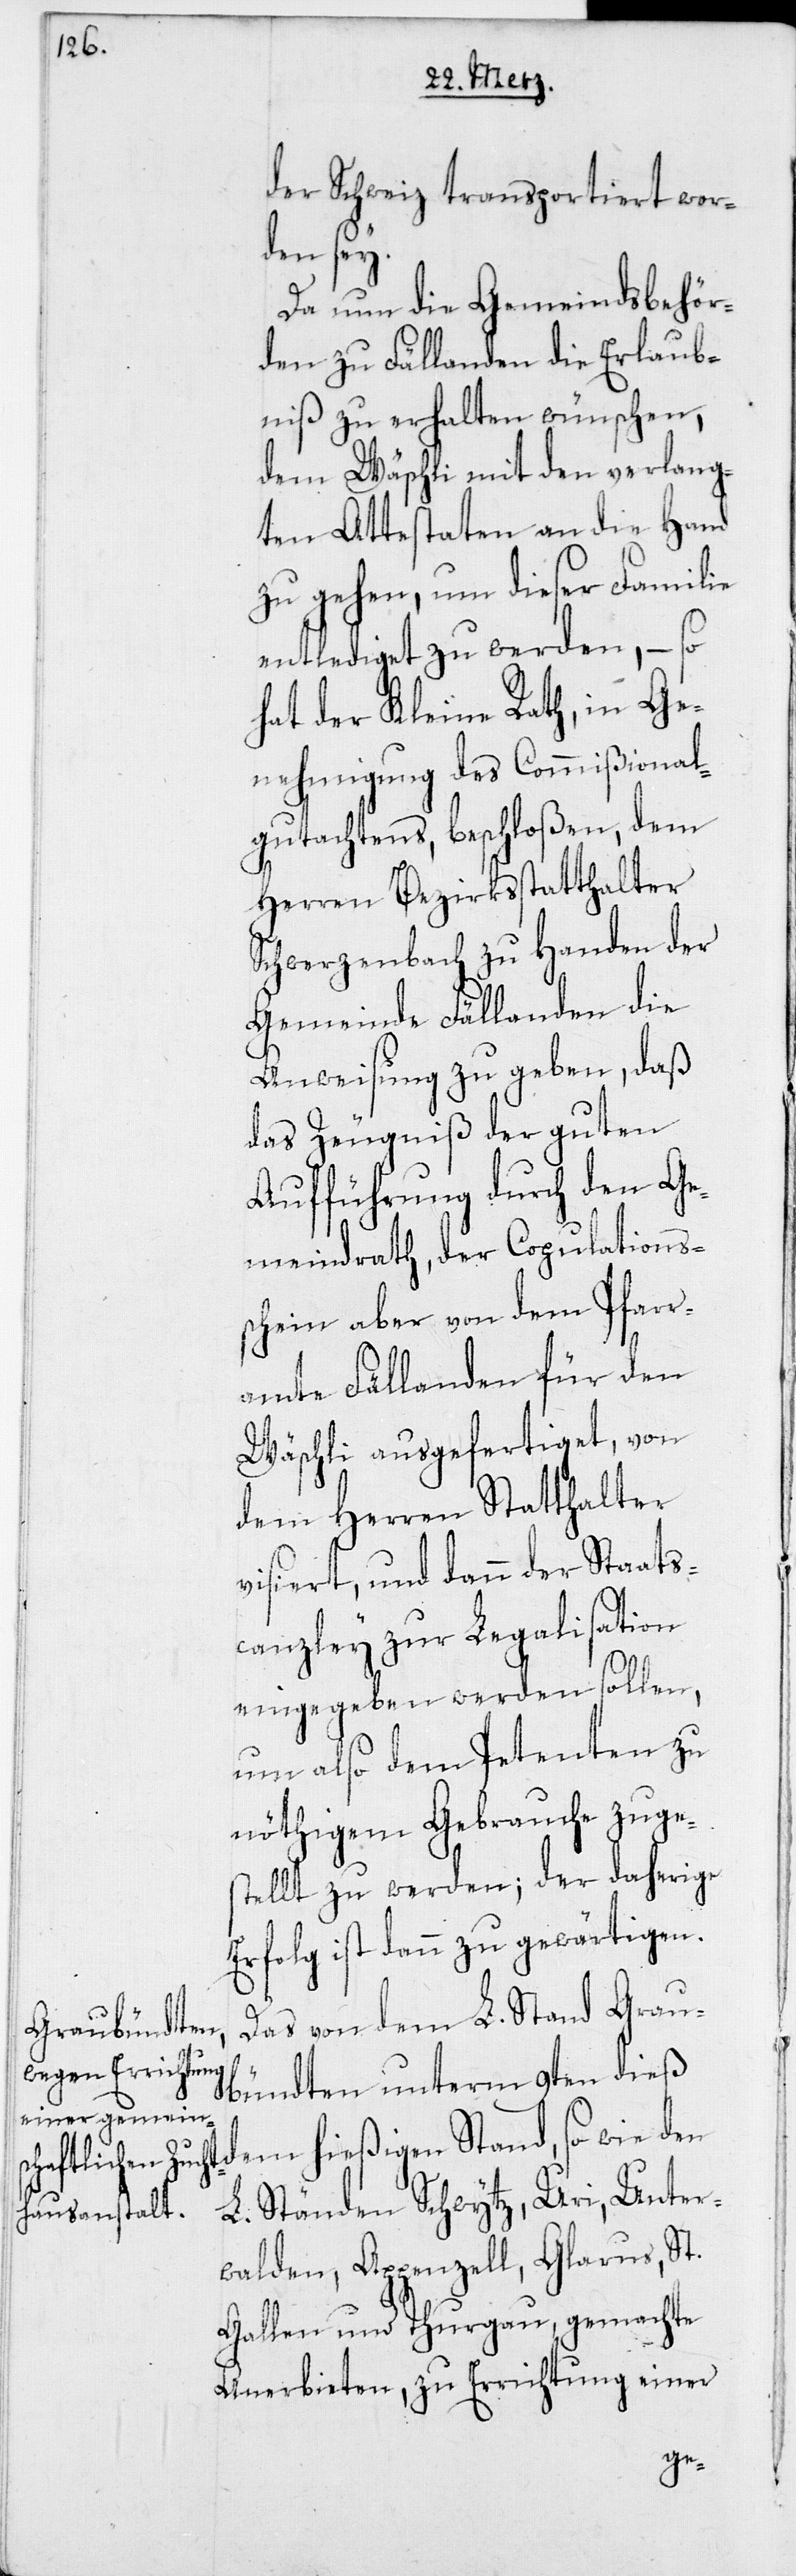
der Schweiz transportiert wor¬
den sey.
Da nun die Gemeindsbehör¬
den zu Fällanden die Erlaub¬
niß zu erhalten wünschen,
dem Wäschli mit den verlang¬
ten Attestaten an die Hand
zu gehen, um dieser Familie
entlediget zu werden, – so
hat der Kleine Rath, in Ge¬
nehmigung des Commißiona¬
l-Gutachtens, beschloßen, dem
Herren Bezirksstatthalter
Schwerzenbach zu Handen der
Gemeinde Fällanden die
Anweisung zu geben, daß
das Zeugniß der guten
Aufführung durch den Ge¬
meindrath, der Copulations¬
schein aber von dem Pfarr¬
amte Fällanden für den
Wäschli ausgefertiget, von
dem Herren Statthalter
visiert, und dann der Staats¬
canzley zur Legalisation
eingegeben werden sollen,
um also dem Petenten zu
nöthigem Gebrauche zuge¬
stellt zu werden; der daherige
Erfolg ist dann zu gewärtigen.
Das von dem L. Stand Grau¬
bündten unterm 9ten dieß
dem hießigen Stand, so wie den
L. Ständen Schwytz, Uri, Unter¬
walden, Appenzell, Glarus, St.
Gallen und Thurgau, gemachte
Anerbieten, zu Errichtung einer